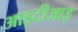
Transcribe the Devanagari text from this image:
आइटीआइ